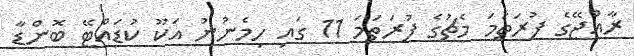
ރާއްޖޭގެ ފުރަތަމަ މެޗުގެ ފުރަތަމަ 11 ގައި ހިމެނުނު އަކޫ ކުޑައްޓޭ ބޮންޑާ